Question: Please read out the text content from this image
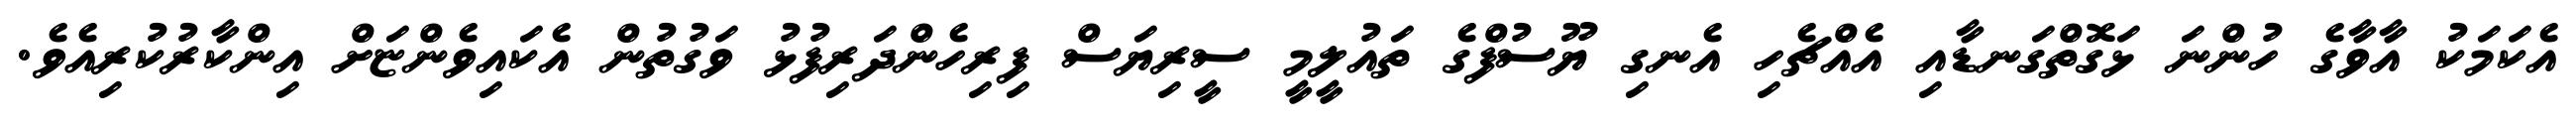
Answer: އެކަމަކު އާވާގެ ހުންނަ ޅަގޮތްގަނޑާއި އެއްޗެހި އެނގި ޔޫސުފްގެ ތައުލީމީ ސީރިޔަސް ފިރިހެންދަރިފުޅު ވަގުތުން އެކައިވެންޏަށް އިންކާރުކުރިއެވެ.